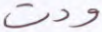
ودت